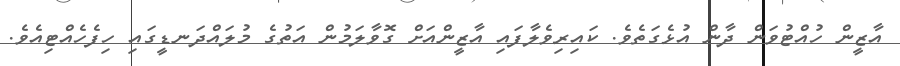
އާޒީން ހުއްޓުވަން ދާން އުޅެގަތެވެ. ކައިރިވެލާފައި އާޒީންއަށް ގޮވާލަމުން އަތުގެ މުލައްދަނޑީގައި ހިފެހެއްޓިއެވެ.